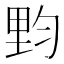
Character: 𰼙